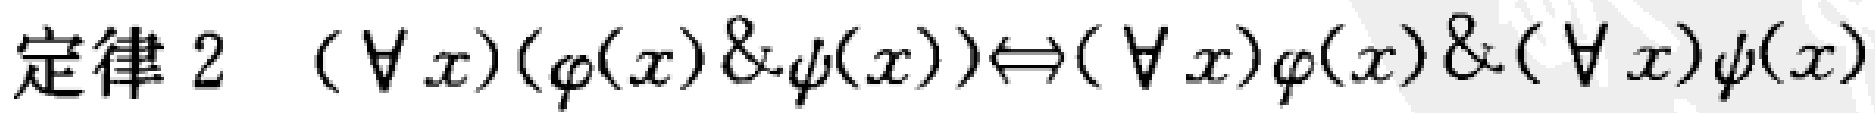
定律 2  $(\forall x)(\varphi(x)\&\psi(x))\Leftrightarrow(\forall x)\varphi(x)\&(\forall x)\psi(x)$